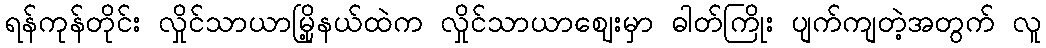
ရန်ကုန်တိုင်း လှိုင်သာယာမြို့နယ်ထဲက လှိုင်သာယာဈေးမှာ ဓါတ်ကြိုး ပျက်ကျတဲ့အတွက် လူ